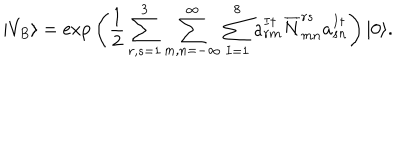
LaTeX: | V _ { B } \rangle = \mathrm { e x p } \left( \frac { 1 } { 2 } \sum _ { r , s = 1 } ^ { 3 } \sum _ { m , n = - \infty } ^ { \infty } \sum _ { I = 1 } ^ { 8 } a _ { r m } ^ { I \dagger } \overline { { { N } } } _ { m n } ^ { r s } a _ { s n } ^ { I \dagger } \right) | 0 \rangle .